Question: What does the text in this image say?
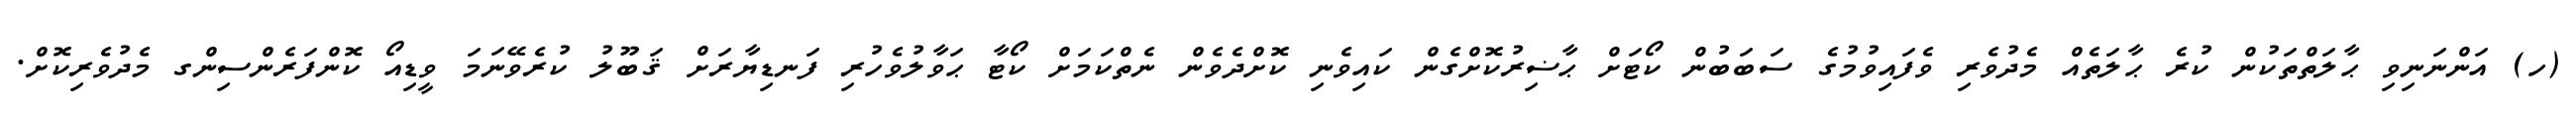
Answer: (ހ) އަންނަނިވި ޙާލަތްތަކުން ކުރެ ޙާލަތެއް މެދުވެރި ވެފައިވުމުގެ ސަބަބުން ކޯޓަށް ޙާޟިރުކޮށްގެން ކައިވެނި ކޮށްދެވެން ނެތްކަމަށް ކޯޓާ ޙަވާލުވެހުރި ފަނޑިޔާރަށް ޤަބޫލު ކުރެވޭނަމަ ވީޑިއޯ ކޮންފަރެންސިންގ މެދުވެރިކޮށް.